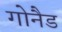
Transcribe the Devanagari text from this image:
गोनैड